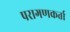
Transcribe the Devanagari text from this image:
परागणकर्ता